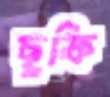
ছূফি